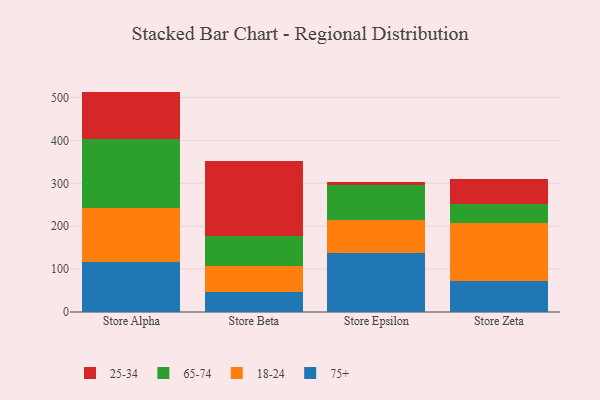
{"axis": {"x": "Store", "y": "Page Views"}, "legend": ["18-24", "25-34", "65-74", "75+"], "data": [{"x": "Store Alpha", "y": 115.7, "type": "75+"}, {"x": "Store Alpha", "y": 126.7, "type": "18-24"}, {"x": "Store Alpha", "y": 161.6, "type": "65-74"}, {"x": "Store Alpha", "y": 109.8, "type": "25-34"}, {"x": "Store Beta", "y": 46.6, "type": "75+"}, {"x": "Store Beta", "y": 60.6, "type": "18-24"}, {"x": "Store Beta", "y": 70.2, "type": "65-74"}, {"x": "Store Beta", "y": 173.8, "type": "25-34"}, {"x": "Store Epsilon", "y": 136.9, "type": "75+"}, {"x": "Store Epsilon", "y": 78.5, "type": "18-24"}, {"x": "Store Epsilon", "y": 81.4, "type": "65-74"}, {"x": "Store Epsilon", "y": 5.3, "type": "25-34"}, {"x": "Store Zeta", "y": 72.7, "type": "75+"}, {"x": "Store Zeta", "y": 135.2, "type": "18-24"}, {"x": "Store Zeta", "y": 44.3, "type": "65-74"}, {"x": "Store Zeta", "y": 57.3, "type": "25-34"}]}